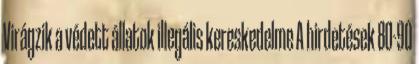
Virágzik a védett állatok illegális kereskedelme A hirdetések 80-90